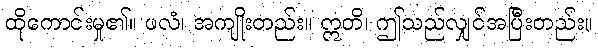
ထိုကောင်းမှု၏။ ဖလံ၊ အကျိုးတည်း။ ဣတိ၊ ဤသည်လျှင်အပြီးတည်း။